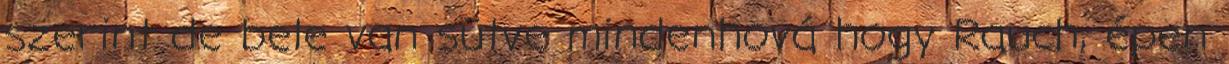
szerint de bele van sütve mindenhová hogy Rauch, épen